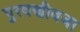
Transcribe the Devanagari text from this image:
पुरवणीवजा